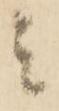
者